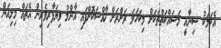
އެކަމަކު ސިނާއީ މަސައްކަތްތަކަށް މިކަހަލަ ރަށްރަށް ޚާއްސަކޮށްފައި އާންމު ވިޔަފާރިވެރިން އެތައް މިލިއަން